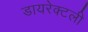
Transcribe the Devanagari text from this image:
डायरेक्टली